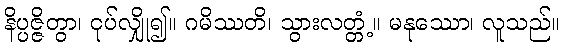
နိပ္ပဇ္ဇိတွာ၊ ငုပ်လျှို၍။ ဂမိဿတိ၊ သွားလတ္တံ့။ မနုဿော၊ လူသည်။